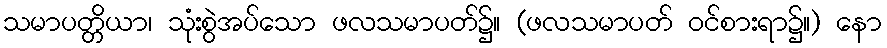
သမာပတ္တိယာ၊ သုံးစွဲအပ်သော ဖလသမာပတ်၌။ (ဖလသမာပတ် ဝင်စားရာ၌။) နော